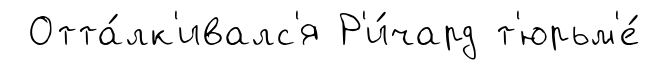
Отта́лк'ивалс'я Р'и́чард т'юрьм'е́